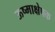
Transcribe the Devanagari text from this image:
ऊष्माक्षेपक